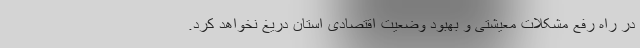
در راه رفع مشکلات معیشتی و بهبود وضعیت اقتصادی استان دریغ نخواهد کرد.